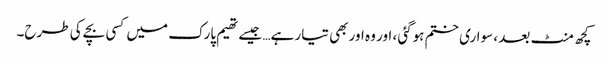
کچھ منٹ بعد ، سواری ختم ہوگئی ، اور وہ اور بھی تیار ہے… جیسے تھیم پارک میں کسی بچے کی طرح۔